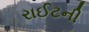
રાઈટની